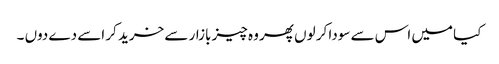
کیا میں اس سے سودا کر لوں پھر وہ چیز بازار سے خرید کر اسے دے دوں ۔